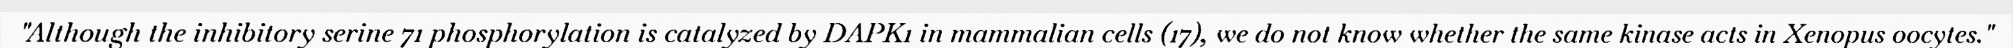
"Although the inhibitory serine 71 phosphorylation is catalyzed by DAPK1 in mammalian cells (17), we do not know whether the same kinase acts in Xenopus oocytes."